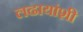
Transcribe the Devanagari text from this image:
लढायांशी